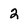
Character: 2